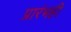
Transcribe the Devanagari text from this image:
प्रारंभही